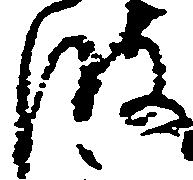
波